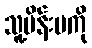
သူ့မိန်းမကို